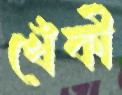
খেঁকী